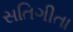
સતિગીતા